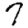
Digit: 7